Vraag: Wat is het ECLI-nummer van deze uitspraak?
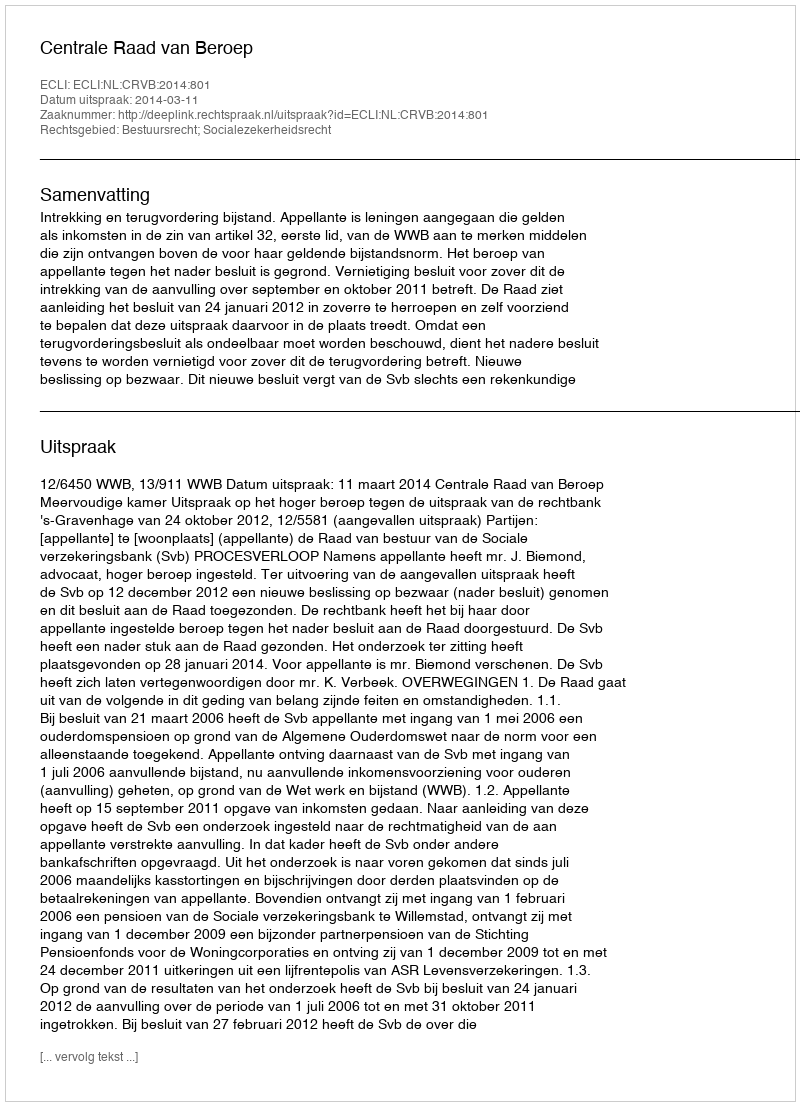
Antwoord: ECLI:NL:CRVB:2014:801